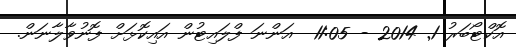
އޮކްޓޯބަރު 1